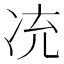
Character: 㓍